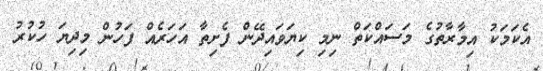
އެކަމަކު އިމާރާތުގެ މަސައްކަތް ނިމި ކިޔަވައިދޭން ފެށިތާ އަހަރެއް ފަހުން މިދިޔަ ހުކުރު